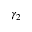
\gamma _ { 2 }